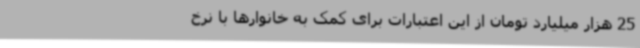
25 هزار میلیارد تومان از این اعتبارات برای کمک به خانوارها با نرخ